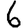
Digit: 6